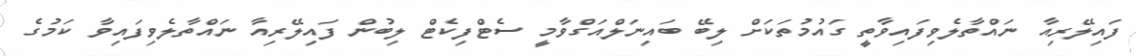
ފައިލޭރިއާ ނައްތާލެވިފައިވާތީ ގައުމުތަކަށް ލިބޭ ބައިނަލްއަގްވާމީ ސެޓްފިކެޓް ލިބުން ފައިލޭރިއާ ނައްތާލެވިފައިވާ ކަމުގެ